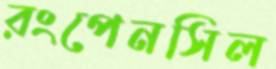
রংপেনসিল